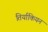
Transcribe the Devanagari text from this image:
तिर्याकियन